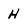
Character: H